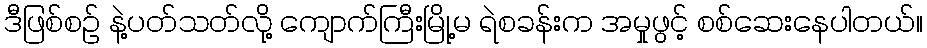
ဒီဖြစ်စဉ် နဲ့ပတ်သတ်လို့ ကျောက်ကြီးမြို့မ ရဲစခန်းက အမှုဖွင့် စစ်ဆေးနေပါတယ်။